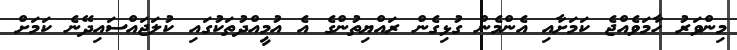
މިންވަރު ހާމަވެއްޖެ ކަމަށާއި އެންމެން ގުޅިގެން ރައްޔިތުންގެ އެ އުމީއްދުތަކުގައި ކުލަޖައްސައިދޭނެ ކަމަށް